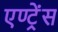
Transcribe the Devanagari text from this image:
एण्ट्रेंस